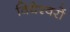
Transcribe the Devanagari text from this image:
विद्येश्वरों